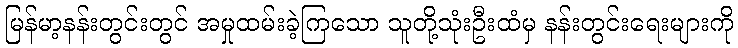
မြန်မာ့နန်းတွင်းတွင် အမှုထမ်းခဲ့ကြသော သူတို့သုံးဦးထံမှ နန်းတွင်းရေးများကို